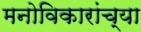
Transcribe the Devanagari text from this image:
मनोविकारांच्या